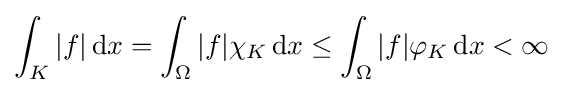
\int _{K}|f|\,\mathrm {d} x=\int _{\Omega }|f|\chi _{K}\,\mathrm {d} x\leq \int _{\Omega }|f|\varphi _{K}\,\mathrm {d} x<\infty